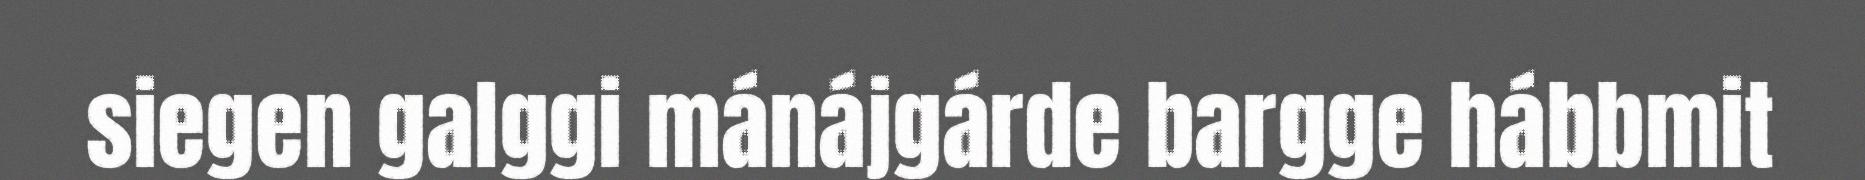
siegen galggi mánájgárde bargge hábbmit